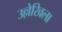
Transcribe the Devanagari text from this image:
उल्लेखिला